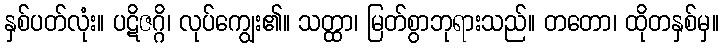
နှစ်ပတ်လုံး။ ပဋိဇဂ္ဂိ၊ လုပ်ကျွေး၏။ သတ္ထာ၊ မြတ်စွာဘုရားသည်။ တတော၊ ထိုတနှစ်မှ။